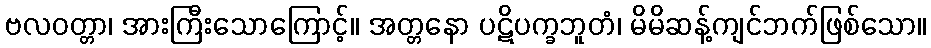
ဗလဝတ္တာ၊ အားကြီးသောကြောင့်။ အတ္တနော ပဋိပက္ခဘူတံ၊ မိမိဆန့်ကျင်ဘက်ဖြစ်သော။